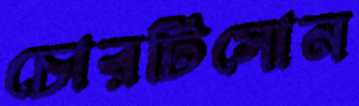
চোরটিসোন